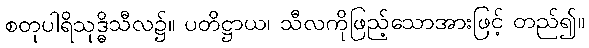
စတုပါရိသုဒ္ဓိသီလ၌။ ပတိဋ္ဌာယ၊ သီလကိုဖြည့်သောအားဖြင့် တည်၍။